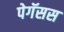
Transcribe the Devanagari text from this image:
पेगॅसस